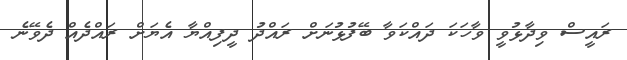
ރައީސް ވިދާޅުވީ ވާހަކަ ދައްކަވާ ބޭފުޅުނަށް ރައްދު ދީފިއްޔާ އެޔަށް ރައްދެއް ދެވޭނެ